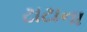
ટાટાના